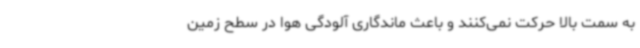
به سمت بالا حرکت نمی‌کنند و باعث ماندگاری آلودگی هوا در سطح زمین